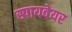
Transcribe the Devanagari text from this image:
स्पायवेयर